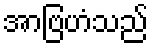
အာဗြဟံသည်